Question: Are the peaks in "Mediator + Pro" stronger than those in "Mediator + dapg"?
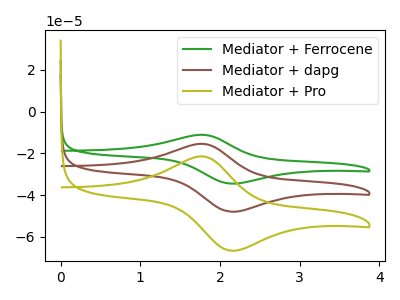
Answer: <think>The green curve "Mediator + Ferrocene" has an anodic peak at (1.75V, -30.85uA) and a cathodic peak at (2.15V, -95.85uA). The brown curve "Mediator + dapg" has an anodic peak at (1.75V, -15.45uA) and a cathodic peak at (2.15V, -47.95uA). The olive curve "Mediator + Pro" has an anodic peak at (1.75V, -21.45uA) and a cathodic peak at (2.15V, -66.60uA).</think>
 <answer>The peaks in "Mediator + Pro" are neither all higher or all lower than the peaks in "Mediator + dapg".</answer>
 <eval>mixed</eval>